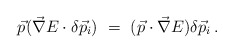
\begin{align*}\vec{p} (\vec{\nabla}E\cdot\delta \vec{p}_i) \ = \ (\vec{p}\cdot \vec{\nabla}E)\delta\vec{p}_i\, .\end{align*}